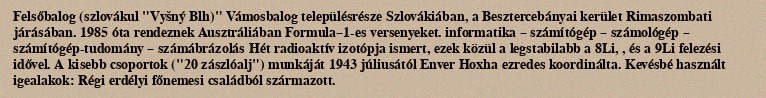
Felsőbalog (szlovákul "Vyšný Blh)" Vámosbalog településrésze Szlovákiában, a Besztercebányai kerület Rimaszombati járásában. 1985 óta rendeznek Ausztráliában Formula–1-es versenyeket. informatika – számítógép – számológép – számítógép-tudomány – számábrázolás Hét radioaktív izotópja ismert, ezek közül a legstabilabb a 8Li, , és a 9Li felezési idővel. A kisebb csoportok ("20 zászlóalj") munkáját 1943 júliusától Enver Hoxha ezredes koordinálta. Kevésbé használt igealakok: Régi erdélyi főnemesi családból származott.